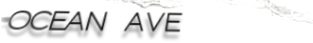
OCEAN AVE